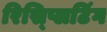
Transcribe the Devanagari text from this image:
रिस्प्लिटिंग